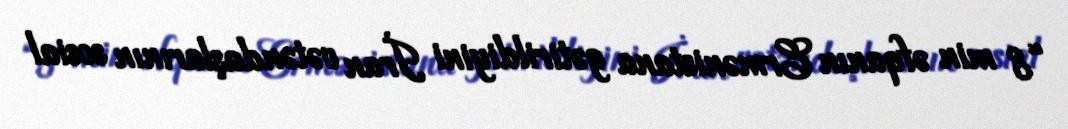
“8 min əfqanın Ermənistana gətirildiyini İran vətəndaşlarının sosial